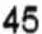
45